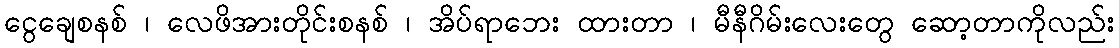
ငွေချေစနစ် ၊ လေဖိအားတိုင်းစနစ် ၊ အိပ်ရာဘေး ထားတာ ၊ မီနီဂိမ်းလေးတွေ ဆော့တာကိုလည်း